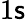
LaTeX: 1\mathsf{s}